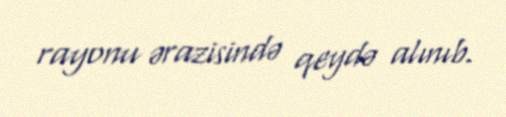
rayonu ərazisində qeydə alınıb.